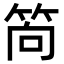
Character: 𥭈